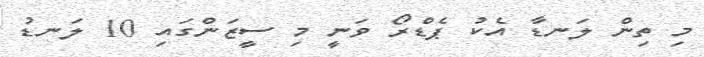
މި ތިން ލަނޑާ އެކު ޕެޑްރޯ ވަނީ މި ސީޒަންގައި 10 ލަނޑު